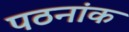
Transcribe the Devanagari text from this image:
पठनांक